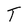
Character: T